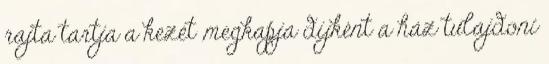
rajta tartja a kezét ,megkapja díjként a ház tulajdoni